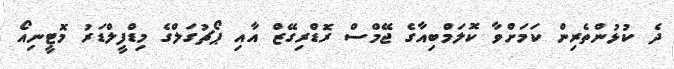
ދެ ކުޅުންތެރިން ކަމަށްވާ ކޮލަމްބިއާގެ ޖޭމްސް ރޮޑްރިގޭޒް އާއި ޕޯޗުގަލްގެ މިޑްފީލްޑަރު މޮޓީނިއޯ